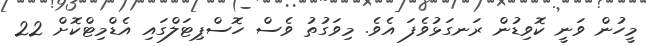
މީހުން ވަނީ ކޮވިޑުން ރަނގަޅުވެފަ އެވެ. މިވަގުތު ވެސް ހޮސްޕިޓަލްގައި އެޑްމިޓްކޮށް 22